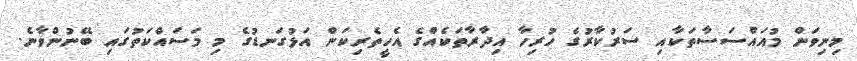
މިނިވަން މުއައްސަސާތަކާއި ސަރުކާރުގެ ހުރިހާ އިދާރާތަކެއްގެ އެހީތެރިކަން އަޅުގަނޑުގެ މި މަސައްކަތުގައި ބޭނުންވާނެ.